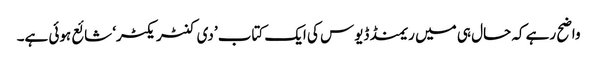
واضح رہے کہ حال ہی میں ریمنڈ ڈیوس کی ایک کتاب ’دی کنٹریکٹر‘ شائع ہوئی ہے۔